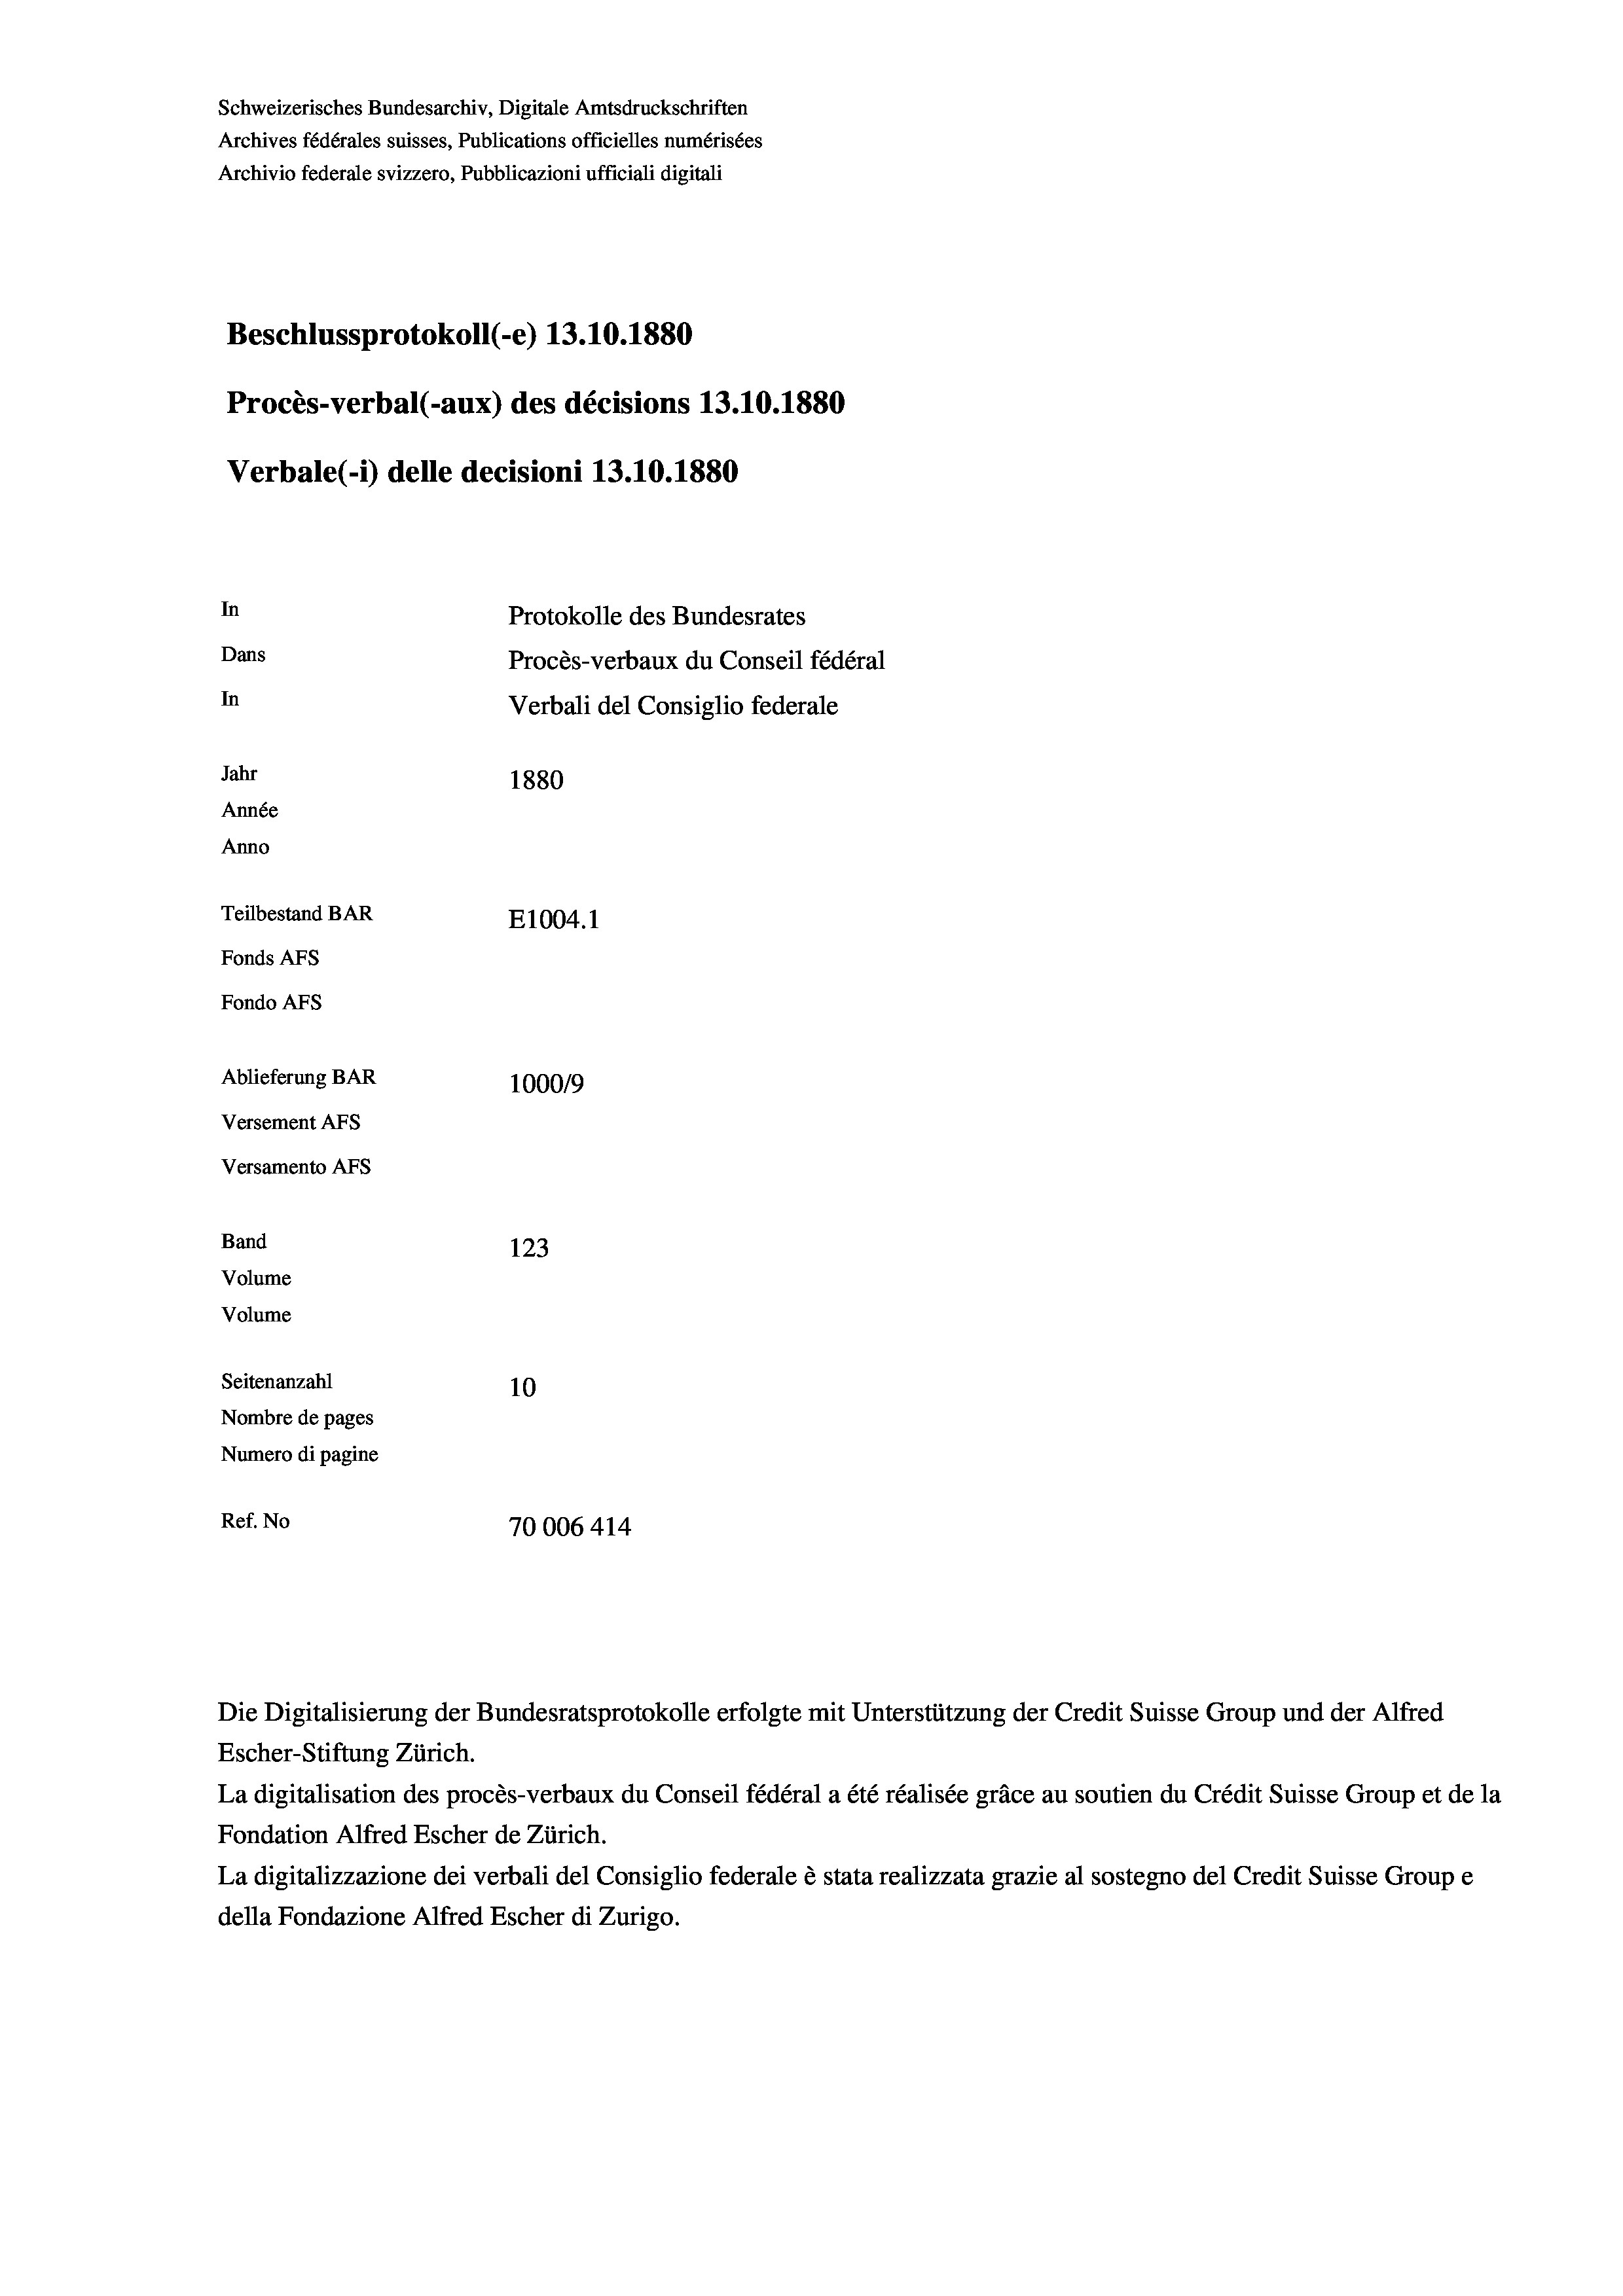
Schweizerisches Bundesarchiv, Digitale Amtsdruckschriften
Archives fédérales suisses, Publications officielles numérisées
Archivio federale svizzero, Pubblicazioni ufficiali digitali
Beschlussprotokoll (-e) 13.10.1880
Procès-verbal (-aux) des décisions 13.10.1880
Verbale (i) delle decisioni 13.10.1880
In
Protokolle des Bundesrates
Dans
Procès-verbaux du Conseil fédéral
In
Verbali del Consiglio federale
Jahr
1880
Année
Anno
Teilbestand BAR
E1004. 1
Fonds Afs
Fondo AFs
Ablieferung BAR
1000/9
Versement Abs
Versamento Afs
Band
123
Volume
Volume
Seitenanzahl
10
Nombre de pages
Numero di pagine
Ref. No
70006 414

Escher-Stiftung Zürich.
La digitalisation des procès-verbaux du Conseil fédéral a été réalisée gräce au soutien du Crédit Suisse Group et de la
Fondation Alfred Escher de Zürich.
La digitalizzazione dei verbali del Consiglio federale è stata realizzata grazie al sostegno del Credit Suisse Groupe
della Fondazione Alfred Escher di Zurigo.

Die Digitalisierung der Bundesratsprotokolle erfolgte mit Unterstützung der Credit Suisse Group und der Alfred